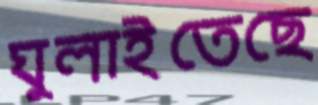
ঘুলাইতেছে